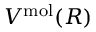
V ^ { \mathrm { m o l } } ( R )